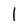
Character: l